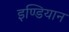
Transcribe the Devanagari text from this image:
इण्डियान